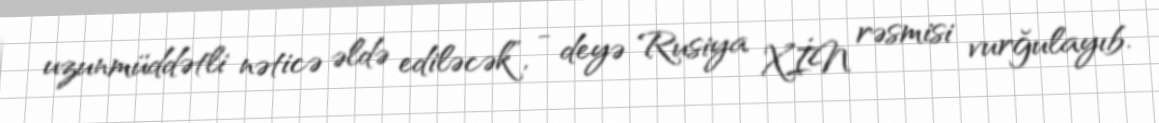
uzunmüddətli nəticə əldə ediləcək”, - deyə Rusiya XİN rəsmisi vurğulayıb.